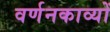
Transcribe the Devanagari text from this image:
वर्णनकाव्यों